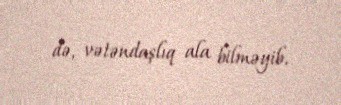
də, vətəndaşlıq ala bilməyib.